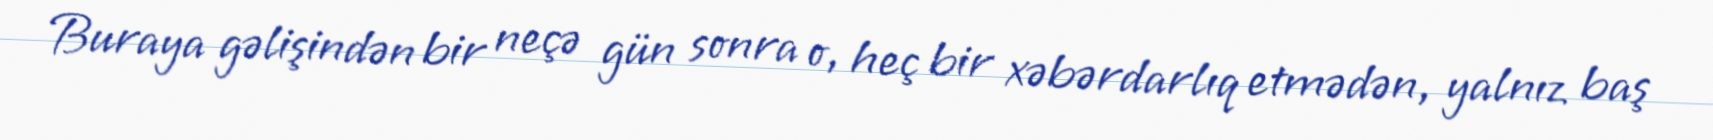
Buraya gəlişindən bir neçə gün sonra o, heç bir xəbərdarlıq etmədən, yalnız baş